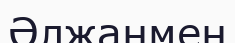
Әлжанмен